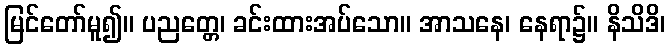
မြင်တော်မူ၍။ ပညတ္တေ၊ ခင်းထားအပ်သော။ အာသနေ၊ နေရာ၌။ နိသိဒိ၊